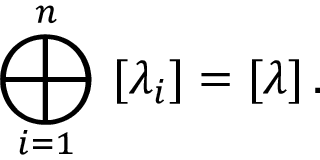
\bigoplus _ { i = 1 } ^ { n } \, \, [ \lambda _ { i } ] = [ \lambda ] \, .